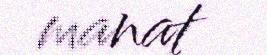
manat